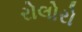
રોલોરો